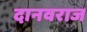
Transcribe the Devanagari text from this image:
दानवराज